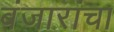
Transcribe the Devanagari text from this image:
बंजारांचा